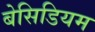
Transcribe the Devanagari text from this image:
बेसिडियम